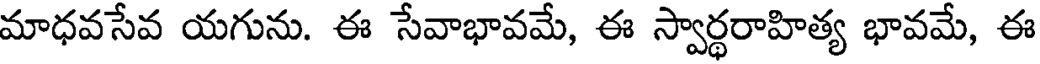
మాధవసేవ యగును. ఈ సేవాభావమే, ఈ స్వార్థరాహిత్య భావమే, ఈ